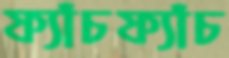
ফ্যাঁচফ্যাঁচ